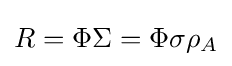
R=\Phi \Sigma =\Phi \sigma \rho _{A}